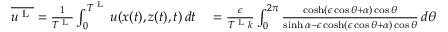
\begin{array} { r l } { \overline { { u ^ { \textnormal { L } } } } = \frac { 1 } { T ^ { \textnormal { L } } } \int _ { 0 } ^ { T ^ { \textnormal { L } } } u ( x ( t ) , z ( t ) , t ) \, d t } & { { } = \frac { \epsilon } { T ^ { \textnormal { L } } k } \int _ { 0 } ^ { 2 \pi } \frac { \cosh ( \epsilon \cos \theta + { \alpha } ) \cos \theta } { \sinh { \alpha } - \epsilon \cosh ( \epsilon \cos \theta + { \alpha } ) \cos \theta } \, d \theta } \end{array}